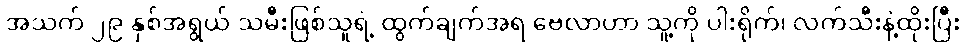
အသက် ၂၉ နှစ်အရွယ် သမီးဖြစ်သူရဲ့ ထွက်ချက်အရ ဗေလာဟာ သူ့ကို ပါးရိုက်၊ လက်သီးနဲ့ထိုးပြီး